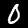
Label: 0